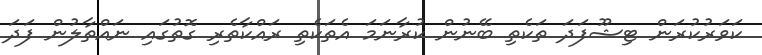
ކަވަރުކުރަން ޓިޝޫފަދަ ތަކެތި ބޭނުން ކުރާނަމަ އެތަކެތި ރައްކާތެރި ގޮތުގައި ނައްތާލުން ފަދަ